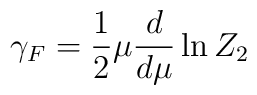
\gamma _F=\frac 12\mu \frac d{d\mu }\ln Z_2